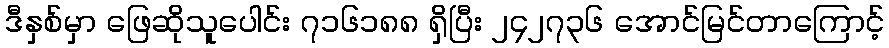
ဒီနှစ်မှာ ဖြေဆိုသူပေါင်း ၇၁၆၁၈၈ ရှိပြီး ၂၄၂၇၃၆ အောင်မြင်တာကြောင့်